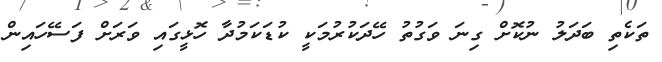
ތަކެތި ބަދަލު ނުކޮށް ގިނަ ވަގުތު ހޭދަކުރުމަކީ ކުޑަކަމުދާ ހޮޅީގައި ވަރަށް ފަސޭހައިން